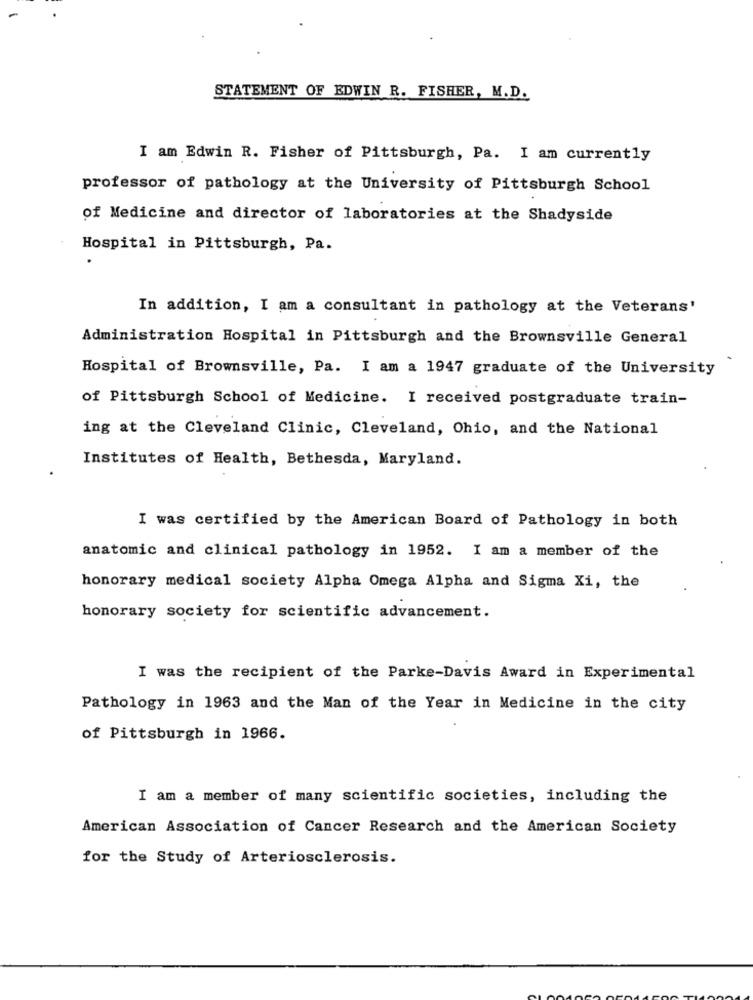
STATEMENT OF EDWIN R. FISHER, M.D.
I am Edwin R. Fisher of Pittsburgh, Pa. I am currently
professor of pathology at the University of Pittsburgh School
of Medicine and director of laboratories at the Shadyside
Hospital in Pittsburgh, Pa.
In addition, I am a consultant in pathology at the Veterans'
Administration Hospital in Pittsburgh and the Brownsville General
Hospital of Brownsville, Pa. I am a 1947 graduate of the University
of Pittsburgh School of Medicine. I received postgraduate train-
ing at the Cleveland Clinic, Cleveland, Ohio, and the National
Institutes of Health, Bethesda, Maryland.
I was certified by the American Board of Pathology in both
anatomic and clinical pathology in 1952. I am a member of the
honorary medical society Alpha Omega Alpha and Sigma Xi, the
honorary society for scientific advancement.
I was the recipient of the Parke-Davis Award in Experimental
Pathology in 1963 and the Man of the Year in Medicine in the city
of Pittsburgh in 1966.
I am a member of many scientific societies, including the
American Association of Cancer Research and the American Society
for the Study of Arteriosclerosis.